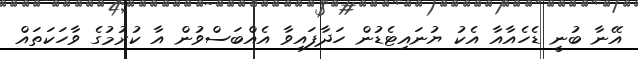
އޭނާ ބުނީ ޑެހެއާއާ އެކު ޔުނައިޓެޑުން ހަދާފައިވާ އެއްބަސްވުން އާ ކުރުމުގެ ވާހަކަތައް